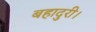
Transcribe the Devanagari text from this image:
बहादुरी।